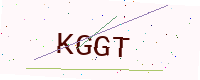
Text: KGGT